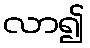
လာ၍